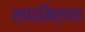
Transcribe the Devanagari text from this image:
स्पंदनिर्णय